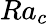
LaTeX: Ra_{c}